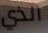
الذي